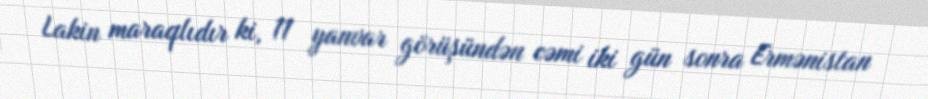
Lakin maraqlıdır ki, 11 yanvar görüşündən cəmi iki gün sonra Ermənistan